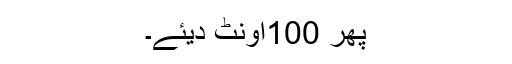
پھر 100اونٹ دیئے۔